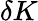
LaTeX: \delta K